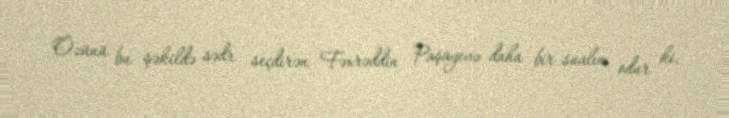
Özünü bu şəkildə sədr seçdirən Fəxrəddin Paşayevə daha bir sualım odur ki,